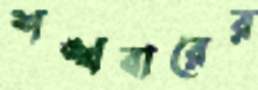
শঙ্খবারের